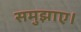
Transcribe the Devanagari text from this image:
समुझाए।